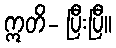
ဣတိ- ပြီးပြီ။